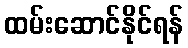
ထမ်းဆောင်နိုင်ရန်